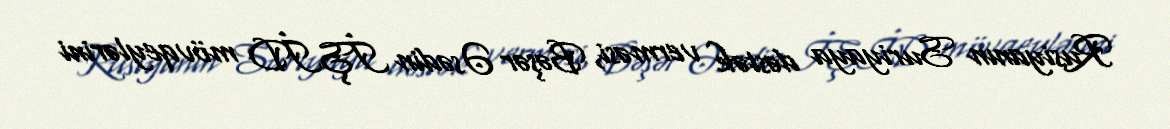
Rusiyanın Suriyaya dəstək verməsi, Bəşər Əsədin İŞİD mövqeylərini